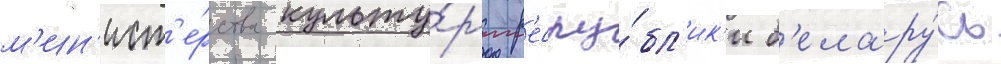
м'ин'ист'е́рства культу́ры р'еспу́бл'ик'и б'елару́сь